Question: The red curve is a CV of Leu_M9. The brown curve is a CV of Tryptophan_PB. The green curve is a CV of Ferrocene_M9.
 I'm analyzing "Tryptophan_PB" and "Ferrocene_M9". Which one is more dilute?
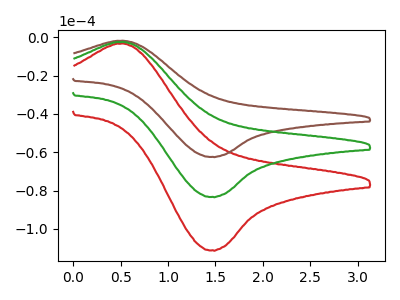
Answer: <think>The red curve "Leu_M9" has an anodic peak at (0.55V, -4.95uA) and a cathodic peak at (1.45V, -166.60uA). The brown curve "Tryptophan_PB" has an anodic peak at (0.55V, -1.85uA) and a cathodic peak at (1.45V, -62.40uA). The green curve "Ferrocene_M9" has an anodic peak at (0.55V, -2.50uA) and a cathodic peak at (1.45V, -83.30uA).
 All the peaks in "Tryptophan_PB" have a peak in "Ferrocene_M9" at the same potential.</think>
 <answer>I cant tell if "Tryptophan_PB" or "Ferrocene_M9" has higher concentration.</answer>
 <eval>mixed_concentration</eval>